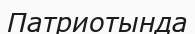
Патриотында